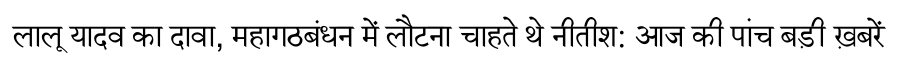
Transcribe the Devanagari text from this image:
लालू यादव का दावा, महागठबंधन में लौटना चाहते थे नीतीश: आज की पांच बड़ी ख़बरें